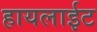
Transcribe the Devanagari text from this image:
हायलाईट